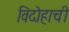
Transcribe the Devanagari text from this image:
विदोहाची